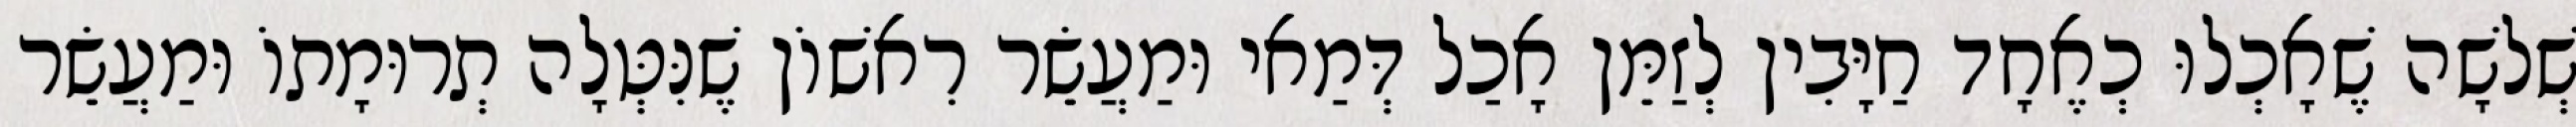
שְׁלשָׁה שֶׁאָכְלוּ כְאֶחָד חַיָּבִין לְזַמֵּן אָכַל דְּמַאי וּמַעֲשֵׂר רִאשׁוֹן שֶׁנִּטְּלָה תְרוּמָתוֹ וּמַעֲשֵׂר